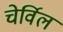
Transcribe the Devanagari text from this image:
चेर्विल